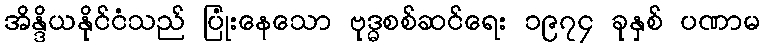
အိန္ဒိယနိုင်ငံသည် ပြုံးနေသော ဗုဒ္ဓစစ်ဆင်ရေး ၁၉၇၄ ခုနှစ် ပဏာမ